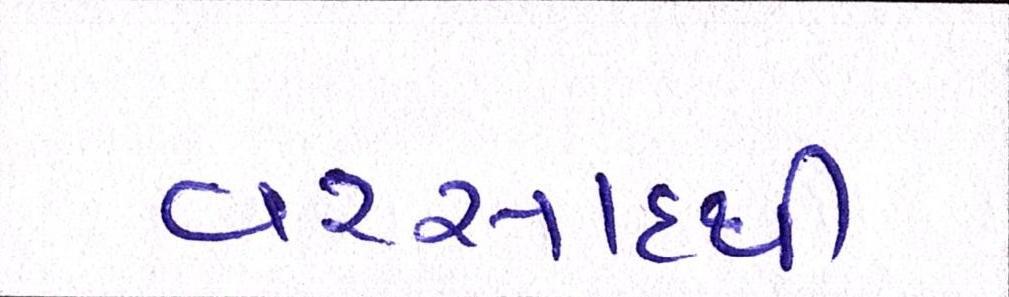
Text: વરસાદથી